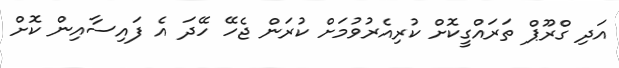
އަދި ގްރޫޕް ތަރައްގީކޮށް ކުރިއެރުވުމަށް ކުރަން ޖެހޭ ހޭދަ އެ ފައިސާއިން ކޮށް